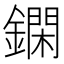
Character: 䥜